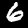
Label: 6